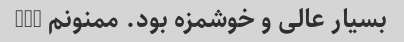
بسیار عالی و خوشمزه بود. ممنونم BFS